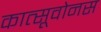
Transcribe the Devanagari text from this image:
कात्सूवोनस